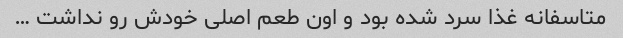
متاسفانه غذا سرد شده بود و اون طعم اصلی خودش رو نداشت …